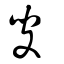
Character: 叟